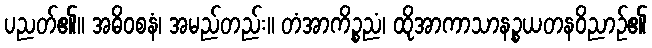
ပညတ်၏။ အဓိဝစနံ၊ အမည်တည်း။ တံအာကိဉ္စညံ၊ ထိုအာကာသာနဉ္စယတနဝိညာဉ်၏